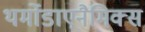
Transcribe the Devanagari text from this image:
थर्मोडाएनैमिक्स